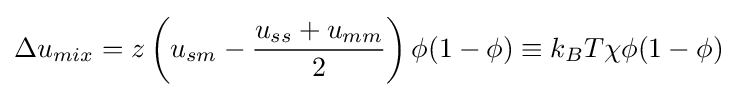
\Delta u_{mix}=z\left(u_{sm}-{\frac {u_{ss}+u_{mm}}{2}}\right)\phi (1-\phi )\equiv k_{B}T\chi \phi (1-\phi )